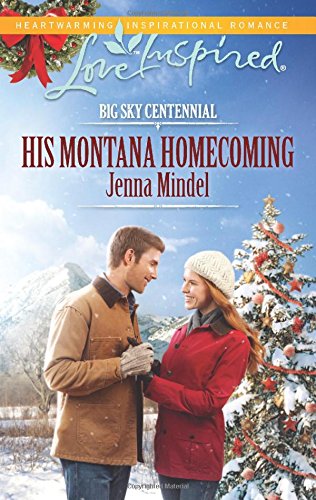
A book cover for His Montana Homecoming (Big Sky Centennial); Jenna Mindel; Christian Books & Bibles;